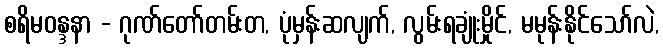
စရိမဝန္ဒနာ - ဂုဏ်တော်တမ်းတ, ပုံမှန်းဆလျက်, လွမ်းရချုံးမှိုင်, မမုန်းနိုင်သော်လဲ,